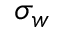
\sigma _ { w }